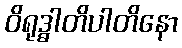
ဝိရုဒ္ဓါတိပါတိနော